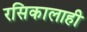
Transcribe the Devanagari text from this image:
रसिकालाही